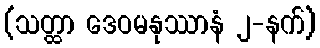
(သတ္ထာ ဒေဝမနုဿာနံ ၂-နက်)